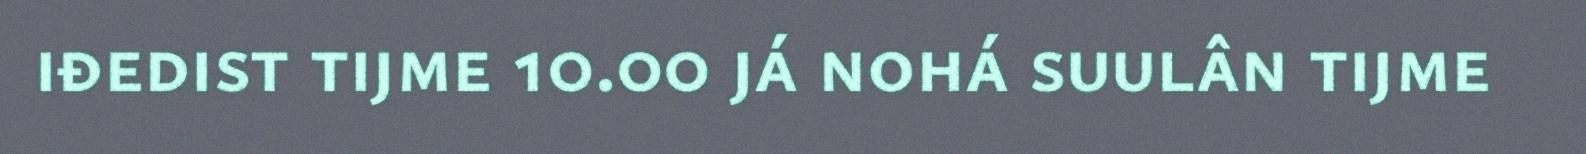
iđedist tijme 10.00 já nohá suulân tijme